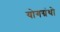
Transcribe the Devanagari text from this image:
योगग्रंथो